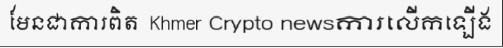
មែនជាការពិត  Khmer Crypto newsការលើកឡើង